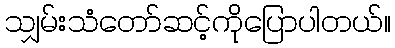
သျှမ်းသံတော်ဆင့်ကိုပြောပါတယ်။